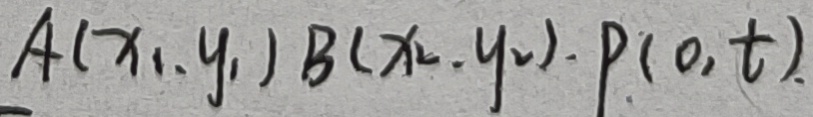
A ( x _ { 1 } , y _ { 1 } ) B ( x _ { 2 } , y _ { 2 } ) . P ( 0 , t )